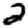
Digit: 2